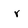
Character: r